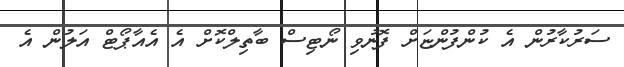
ސަރުކާރުން އެ ކުންފުންޏަށް ފޮނުވި ނޯޓިސް ބާތިލްކޮށް އެ އެއާޕޯޓް އަލުން އެ